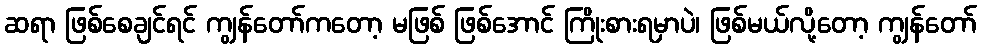
ဆရာ ဖြစ်စေချင်ရင် ကျွန်တော်ကတော့ မဖြစ် ဖြစ်အောင် ကြိုးစားရမှာပဲ၊ ဖြစ်မယ်လို့တော့ ကျွန်တော်